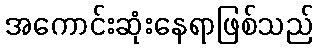
အကောင်းဆုံးနေရာဖြစ်သည်